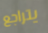
يتراجع